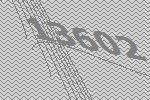
13602